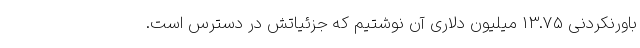
باورنکردنی 13.75 میلیون دلاری آن نوشتیم که جزئیاتش در دسترس است.